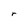
Character: r